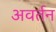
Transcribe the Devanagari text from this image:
अवर्तन